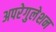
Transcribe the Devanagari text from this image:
अपरेगुलेशन